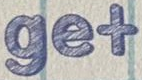
get